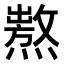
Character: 𤏺